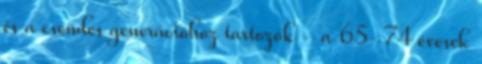
és a csendes generációhoz tartozók - a 65-74 évesek